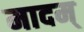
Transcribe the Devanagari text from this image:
मादम्